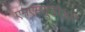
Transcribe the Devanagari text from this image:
एमएमयूडीआर